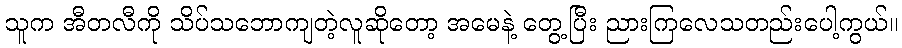
သူက အီတလီကို သိပ်သဘောကျတဲ့လူဆိုတော့ အမေနဲ့ တွေ့ပြီး ညားကြလေသတည်းပေါ့ကွယ်။